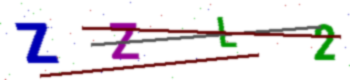
Text: ZZL2